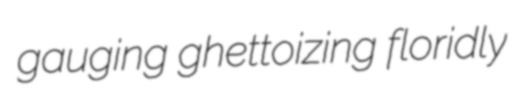
gauging ghettoizing floridly